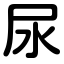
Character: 尿